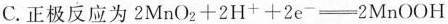
C.正极反应为$$2 M n O _ { 2 } + 2 H ^ { + } + 2 e { - } \xlongequal [ ] { } 2 M n O O H$$